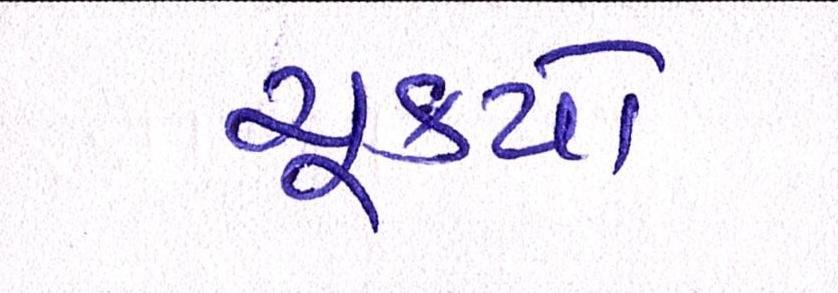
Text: ચુકયો